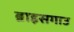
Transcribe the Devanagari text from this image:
ब्राइसगाउ